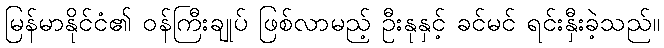
မြန်မာနိုင်ငံ၏ ဝန်ကြီးချုပ် ဖြစ်လာမည့် ဦးနုနှင့် ခင်မင် ရင်းနှီးခဲ့သည်။